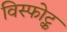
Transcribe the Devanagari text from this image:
विस्फोट्क